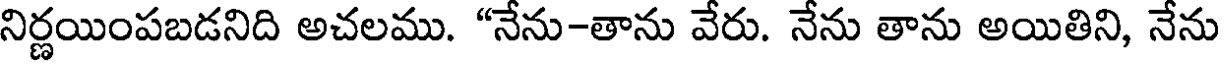
నిర్ణయింపబడనిది అచలము. "నేను-తాను వేరు. నేను తాను అయితిని, నేను